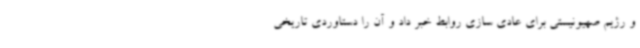
و رژیم صهیونیستی برای عادی سازی روابط خبر داد و آن را دستاوردی تاریخی